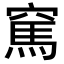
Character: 𥧓